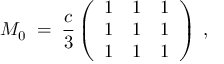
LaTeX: M _ { 0 } \; = \; \frac { c } { 3 } \left( \begin{array} { l l l } { { 1 } } & { { 1 } } & { { 1 } } \\ { { 1 } } & { { 1 } } & { { 1 } } \\ { { 1 } } & { { 1 } } & { { 1 } } \end{array} \right) \; ,